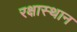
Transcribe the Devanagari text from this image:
रक्षास्थान